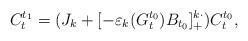
LaTeX: \begin{align*}C_t^{t_1} = (J_k + [-\varepsilon_k(G^{t_0}_t)B_{t_0}]^{k\cdot}_+)C^{t_0}_t,\end{align*}